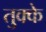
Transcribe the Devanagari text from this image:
तुक्के